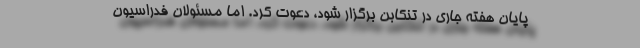
پایان هفته جاری در تنکابن برگزار شود، دعوت کرد. اما مسئولان فدراسیون